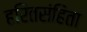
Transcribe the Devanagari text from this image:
हरितसंहिता